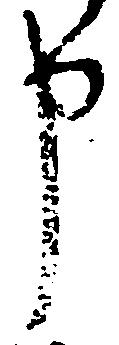
申